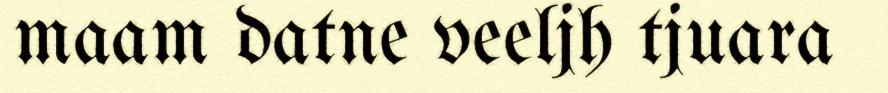
maam datne veeljh tjuara